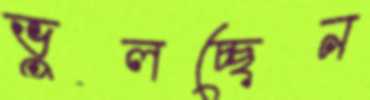
ভুলচ্ছেন